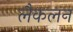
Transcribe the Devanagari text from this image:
लैकलन